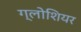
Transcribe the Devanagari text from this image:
ग्लोशियर